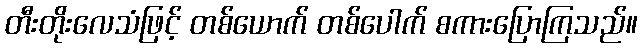
တီးတိုးလေသံဖြင့် တစ်ယောက် တစ်ပေါက် စကားပြောကြသည်။